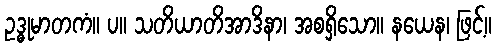
ဥဒ္ဓုမာတကံ။ ပ။ သတိယာတိအာဒိနာ၊ အစရှိသော။ နယေန၊ ဖြင့်။